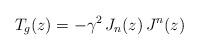
LaTeX: \begin{align*}T_g (z)= -\gamma^2\, J_n(z)\,J^n(z)\end{align*}